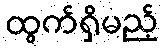
ထွက်ရှိမည့်